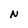
Character: N